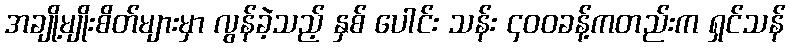
အချို့မျိုးစိတ်များမှာ လွန်ခဲ့သည့် နှစ် ပေါင်း သန်း ၄၀၀ခန့်ကတည်းက ရှင်သန်